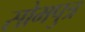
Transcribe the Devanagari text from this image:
सोमपुत्र